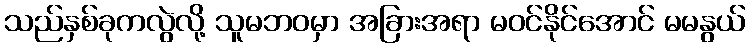
သည်နှစ်ခုကလွဲလို့ သူမဘဝမှာ အခြားအရာ မဝင်နိုင်အောင် မမနွယ်